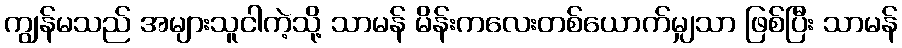
ကျွန်မသည် အများသူငါကဲ့သို့ သာမန် မိန်းကလေးတစ်ယောက်မျှသာ ဖြစ်ပြီး သာမန်